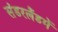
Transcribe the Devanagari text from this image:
संडरलैंडमें